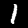
Label: 1